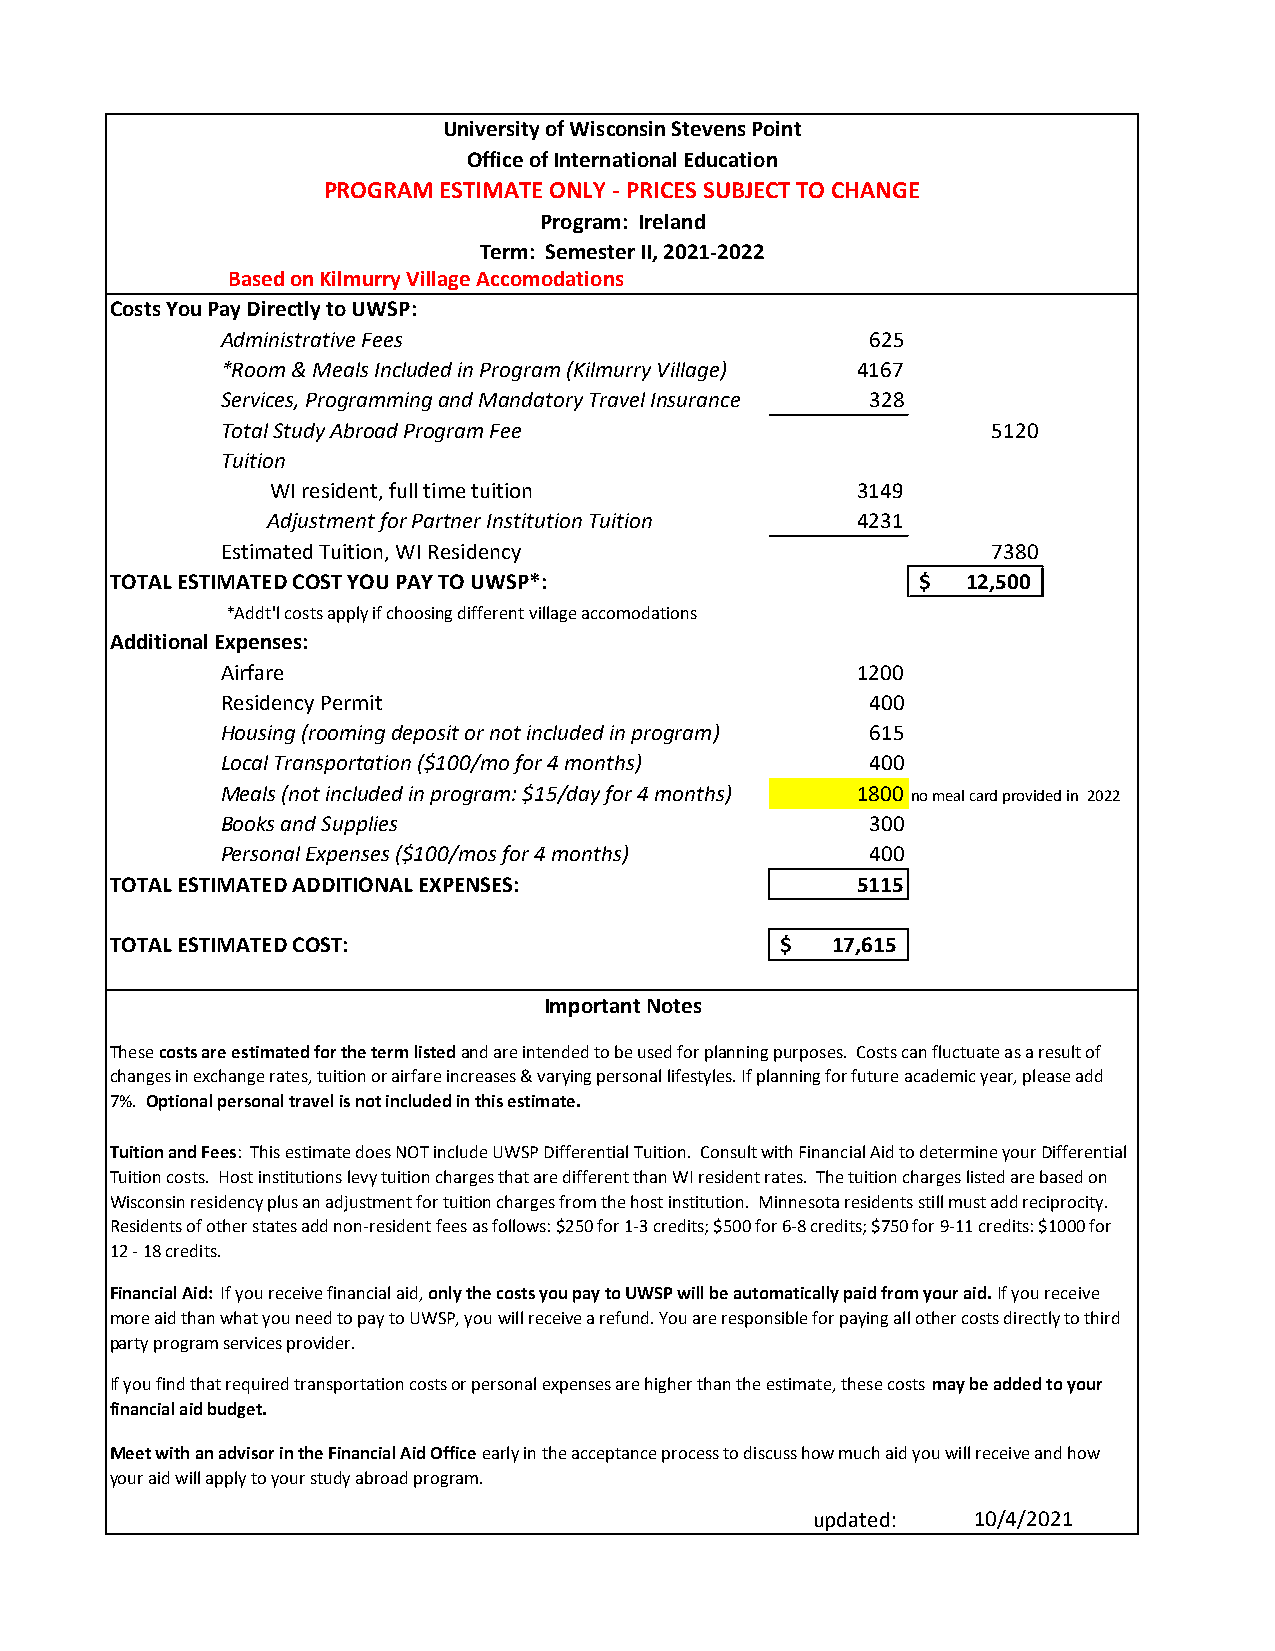
University of Wisconsin Stevens Point
 Office of International Education
 PROGRAM ESTIMATE ONLY - PRICES SUBJECT TO CHANGE
 Program: Ireland
 Term: Semester II, 2021-2022
 Based on Kilmurry Village Accomodations
 Costs You Pay Directly to UWSP:
 Administrative Fees                        625
 *Room & Meals Included in Program (Kilmurry Village) 4167
 Services, Programming and Mandatory Travel Insurance 328
 Total Study Abroad Program Fee                     5120
 Tuition
 WI resident, full time tuition         3149
 Adjustment for Partner Institution Tuition 4231
 Estimated Tuition, WI Residency                    7380
 TOTAL ESTIMATED COST YOU PAY TO UWSP*:                $  12,500
 *Addt'l costs apply if choosing different village accomodations
 Additional Expenses:
 Airfare                                   1200
 Residency Permit                           400
 Housing (rooming deposit or not included in program) 615
 Local Transportation ($100/mo for 4 months) 400
 Meals (not included in program: $15/day for 4 months) 1800 no meal card provided in 2022
 Books and Supplies                         300
 Personal Expenses ($100/mos for 4 months)  400
 TOTAL ESTIMATED ADDITIONAL EXPENSES:              5115
 TOTAL ESTIMATED COST:                        $  17,615
 Important Notes
 These costs are estimated for the term listed and are intended to be used for planning purposes. Costs can fluctuate as a result of
 changes in exchange rates, tuition or airfare increases & varying personal lifestyles. If planning for future academic year, please add
 7%. Optional personal travel is not included in this estimate.
 Tuition and Fees: This estimate does NOT include UWSP Differential Tuition. Consult with Financial Aid to determine your Differential
 Tuition costs. Host institutions levy tuition charges that are different than WI resident rates. The tuition charges listed are based on
 Wisconsin residency plus an adjustment for tuition charges from the host institution. Minnesota residents still must add reciprocity.
 Residents of other states add non-resident fees as follows: $250 for 1-3 credits; $500 for 6-8 credits; $750 for 9-11 credits: $1000 for
 12 - 18 credits.
 Financial Aid: If you receive financial aid, only the costs you pay to UWSP will be automatically paid from your aid. If you receive
 more aid than what you need to pay to UWSP, you will receive a refund. You are responsible for paying all other costs directly to third
 party program services provider.
 If you find that required transportation costs or personal expenses are higher than the estimate, these costs may be added to your
 financial aid budget.
 Meet with an advisor in the Financial Aid Office early in the acceptance process to discuss how much aid you will receive and how
 your aid will apply to your study abroad program.
 updated:  10/4/2021